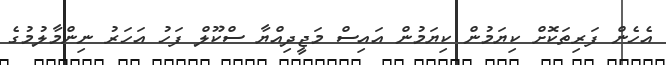
އެހެން ފަރިތަކޮށް ކިޔަމުން ކިޔަމުން އައިސް މަޖީދިއްޔާ ސްކޫލް ފަހު އަހަރު ނިންމާލުމުގެ